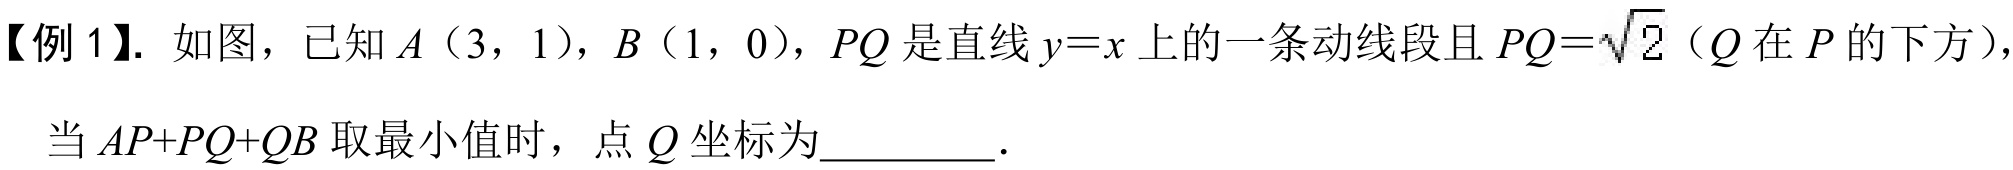
【例1】. 如图，已知\(A(3,1)\)，\(B(1,0)\)，\(PQ\)是直线\(y = x\)上的一条动线段且\(PQ=\sqrt{2}\)（\(Q\)在\(P\)的下方），当\(AP + PQ+QB\)取最小值时，点\(Q\)坐标为_________.